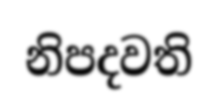
නිපදවති